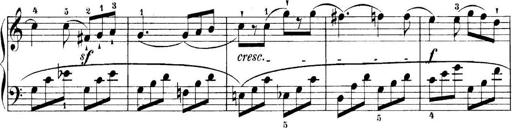
Title: 11 Sonatinas
Composer: Anton Diabelli